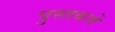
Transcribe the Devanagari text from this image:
पुस्‍तकमें